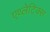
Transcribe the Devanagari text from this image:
एथ्लेटिक्स